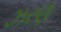
ઝરણ